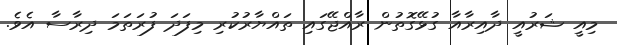
މިއީ ޝަރުއީ ދާއިރާއާ ގުޅޭގޮތުން ރާއްޖޭގައި ތައްޔާރުކުރި މިފަދަ ފުރަތަމަ ދިރާސާ އެވެ.